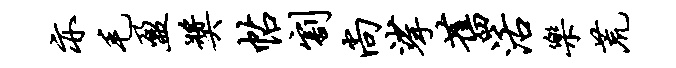
亦毛盈奖帖割尚挲旧活乐荒